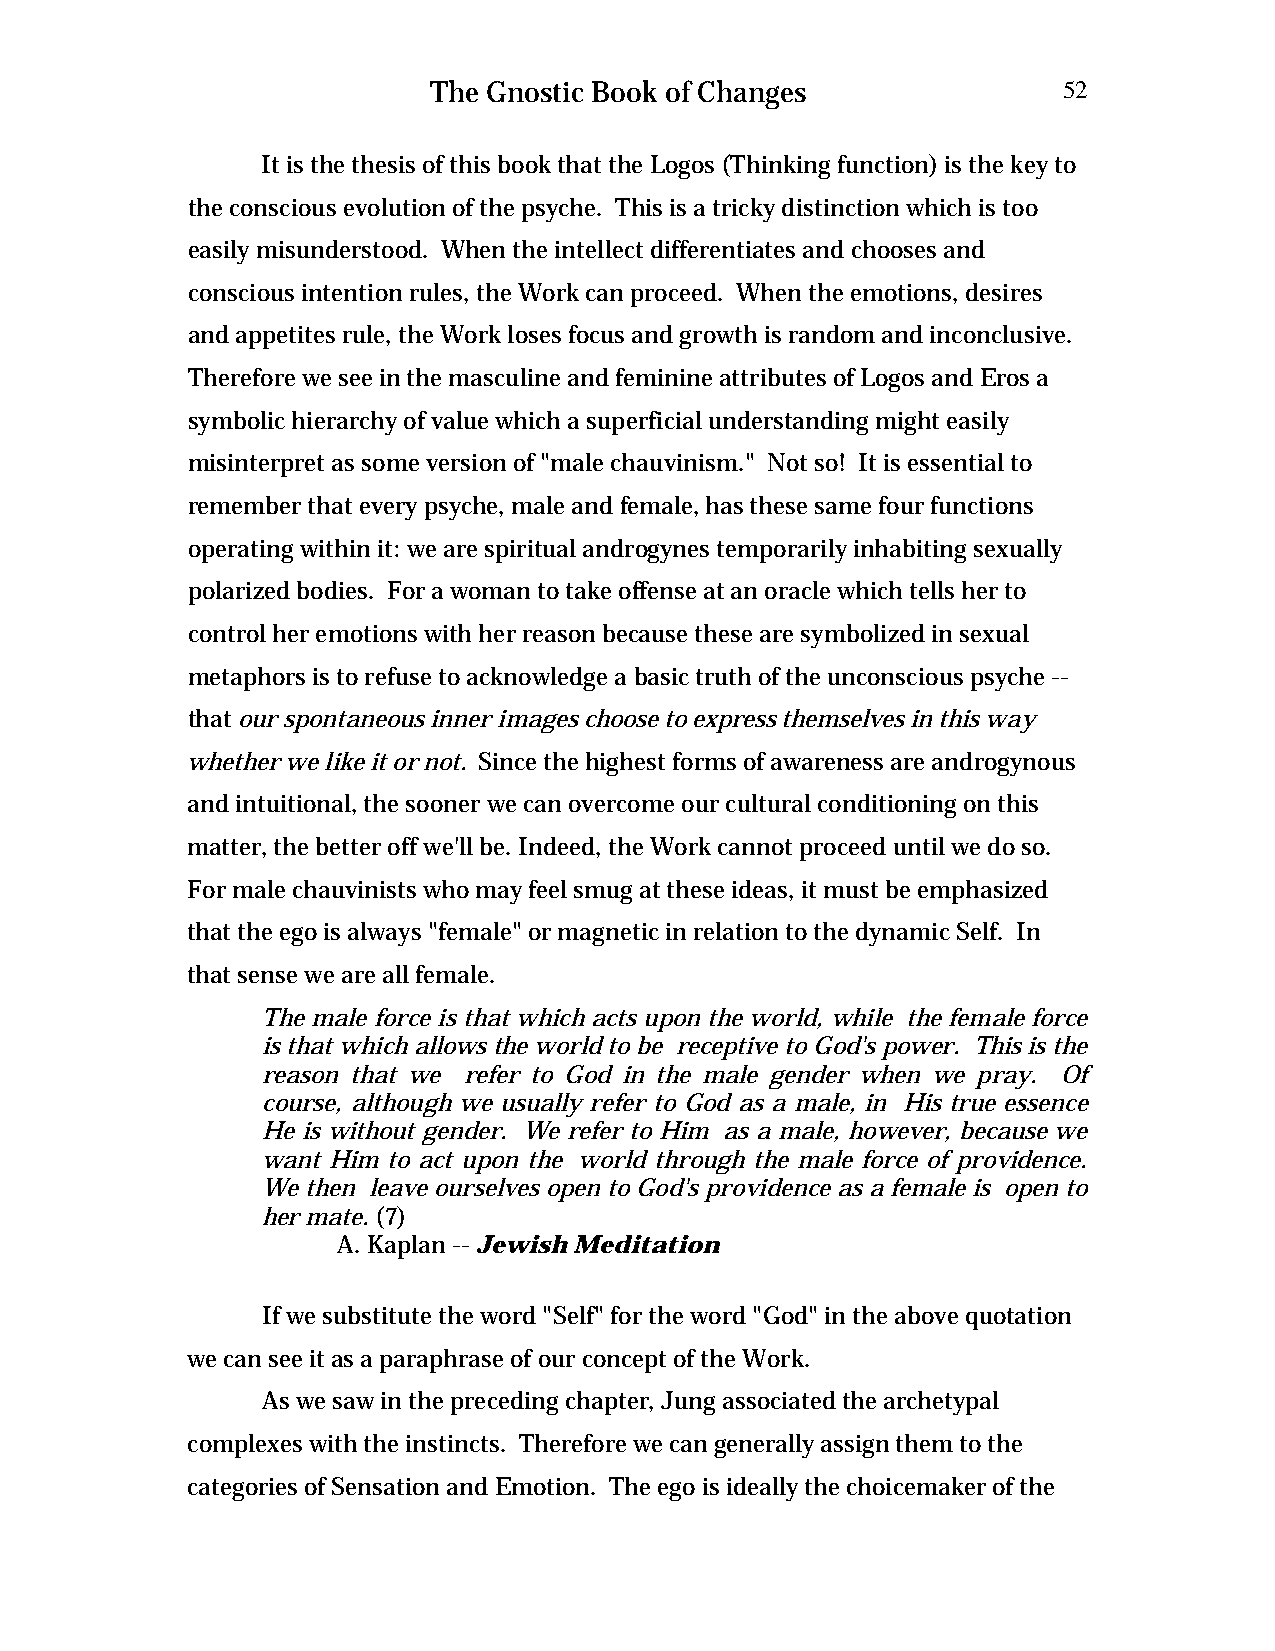
The Gnostic Book of Changes              52
 It is the thesis of this book that the Logos (Thinking function) is the key to
 the conscious evolution of the psyche. This is a tricky distinction which is too
 easily misunderstood. When the intellect differentiates and chooses and
 conscious intention rules, the Work can proceed. When the emotions, desires
 and appetites rule, the Work loses focus and growth is random and inconclusive.
 Therefore we see in the masculine and feminine attributes of Logos and Eros a
 symbolic hierarchy of value which a superficial understanding might easily
 misinterpret as some version of "male chauvinism." Not so! It is essential to
 remember that every psyche, male and female, has these same four functions
 operating within it: we are spiritual androgynes temporarily inhabiting sexually
 polarized bodies. For a woman to take offense at an oracle which tells her to
 control her emotions with her reason because these are symbolized in sexual
 metaphors is to refuse to acknowledge a basic truth of the unconscious psyche --
 that our spontaneous inner images choose to express themselves in this way
 whether we like it or not. Since the highest forms of awareness are androgynous
 and intuitional, the sooner we can overcome our cultural conditioning on this
 matter, the better off we'll be. Indeed, the Work cannot proceed until we do so.
 For male chauvinists who may feel smug at these ideas, it must be emphasized
 that the ego is always "female" or magnetic in relation to the dynamic Self. In
 that sense we are all female.
 The male force is that which acts upon the world, while the female force
 is that which allows the world to be receptive to God's power. This is the
 reason that we refer to God in the male gender when we pray. Of
 course, although we usually refer to God as a male, in His true essence
 He is without gender. We refer to Him as a male, however, because we
 want Him to act upon the world through the male force of providence.
 We then leave ourselves open to God's providence as a female is open to
 her mate. (7)
 A. Kaplan -- Jewish Meditation
 If we substitute the word "Self" for the word "God" in the above quotation
 we can see it as a paraphrase of our concept of the Work.
 As we saw in the preceding chapter, Jung associated the archetypal
 complexes with the instincts. Therefore we can generally assign them to the
 categories of Sensation and Emotion. The ego is ideally the choicemaker of the